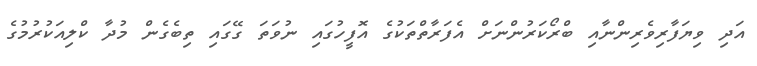
އަދި ވިޔަފާރިވެރިންނާއި ބްރޯކަރުންނަށް އެފަރާތްތަކުގެ އޮފީހުގައި ނުވަތަ ގޭގައި ތިބެގެން މުދާ ކްލިއަކުރުމުގެ